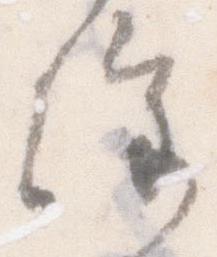
催